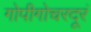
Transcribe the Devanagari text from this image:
गोपीगोचरदूरं